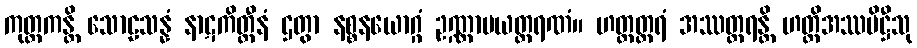
ကုတ္တကန္တိ သောဠသန္နံ နာဋကိတ္ထီနံ ဌတွာ နစ္စနယောဂ္ဂံ ဥဏ္ဏာမယတ္ထရဏံ။ ဟတ္ထတ္ထရံ အဿတ္ထရန္တိ ဟတ္ထိအဿပိဋ္ဌီသု